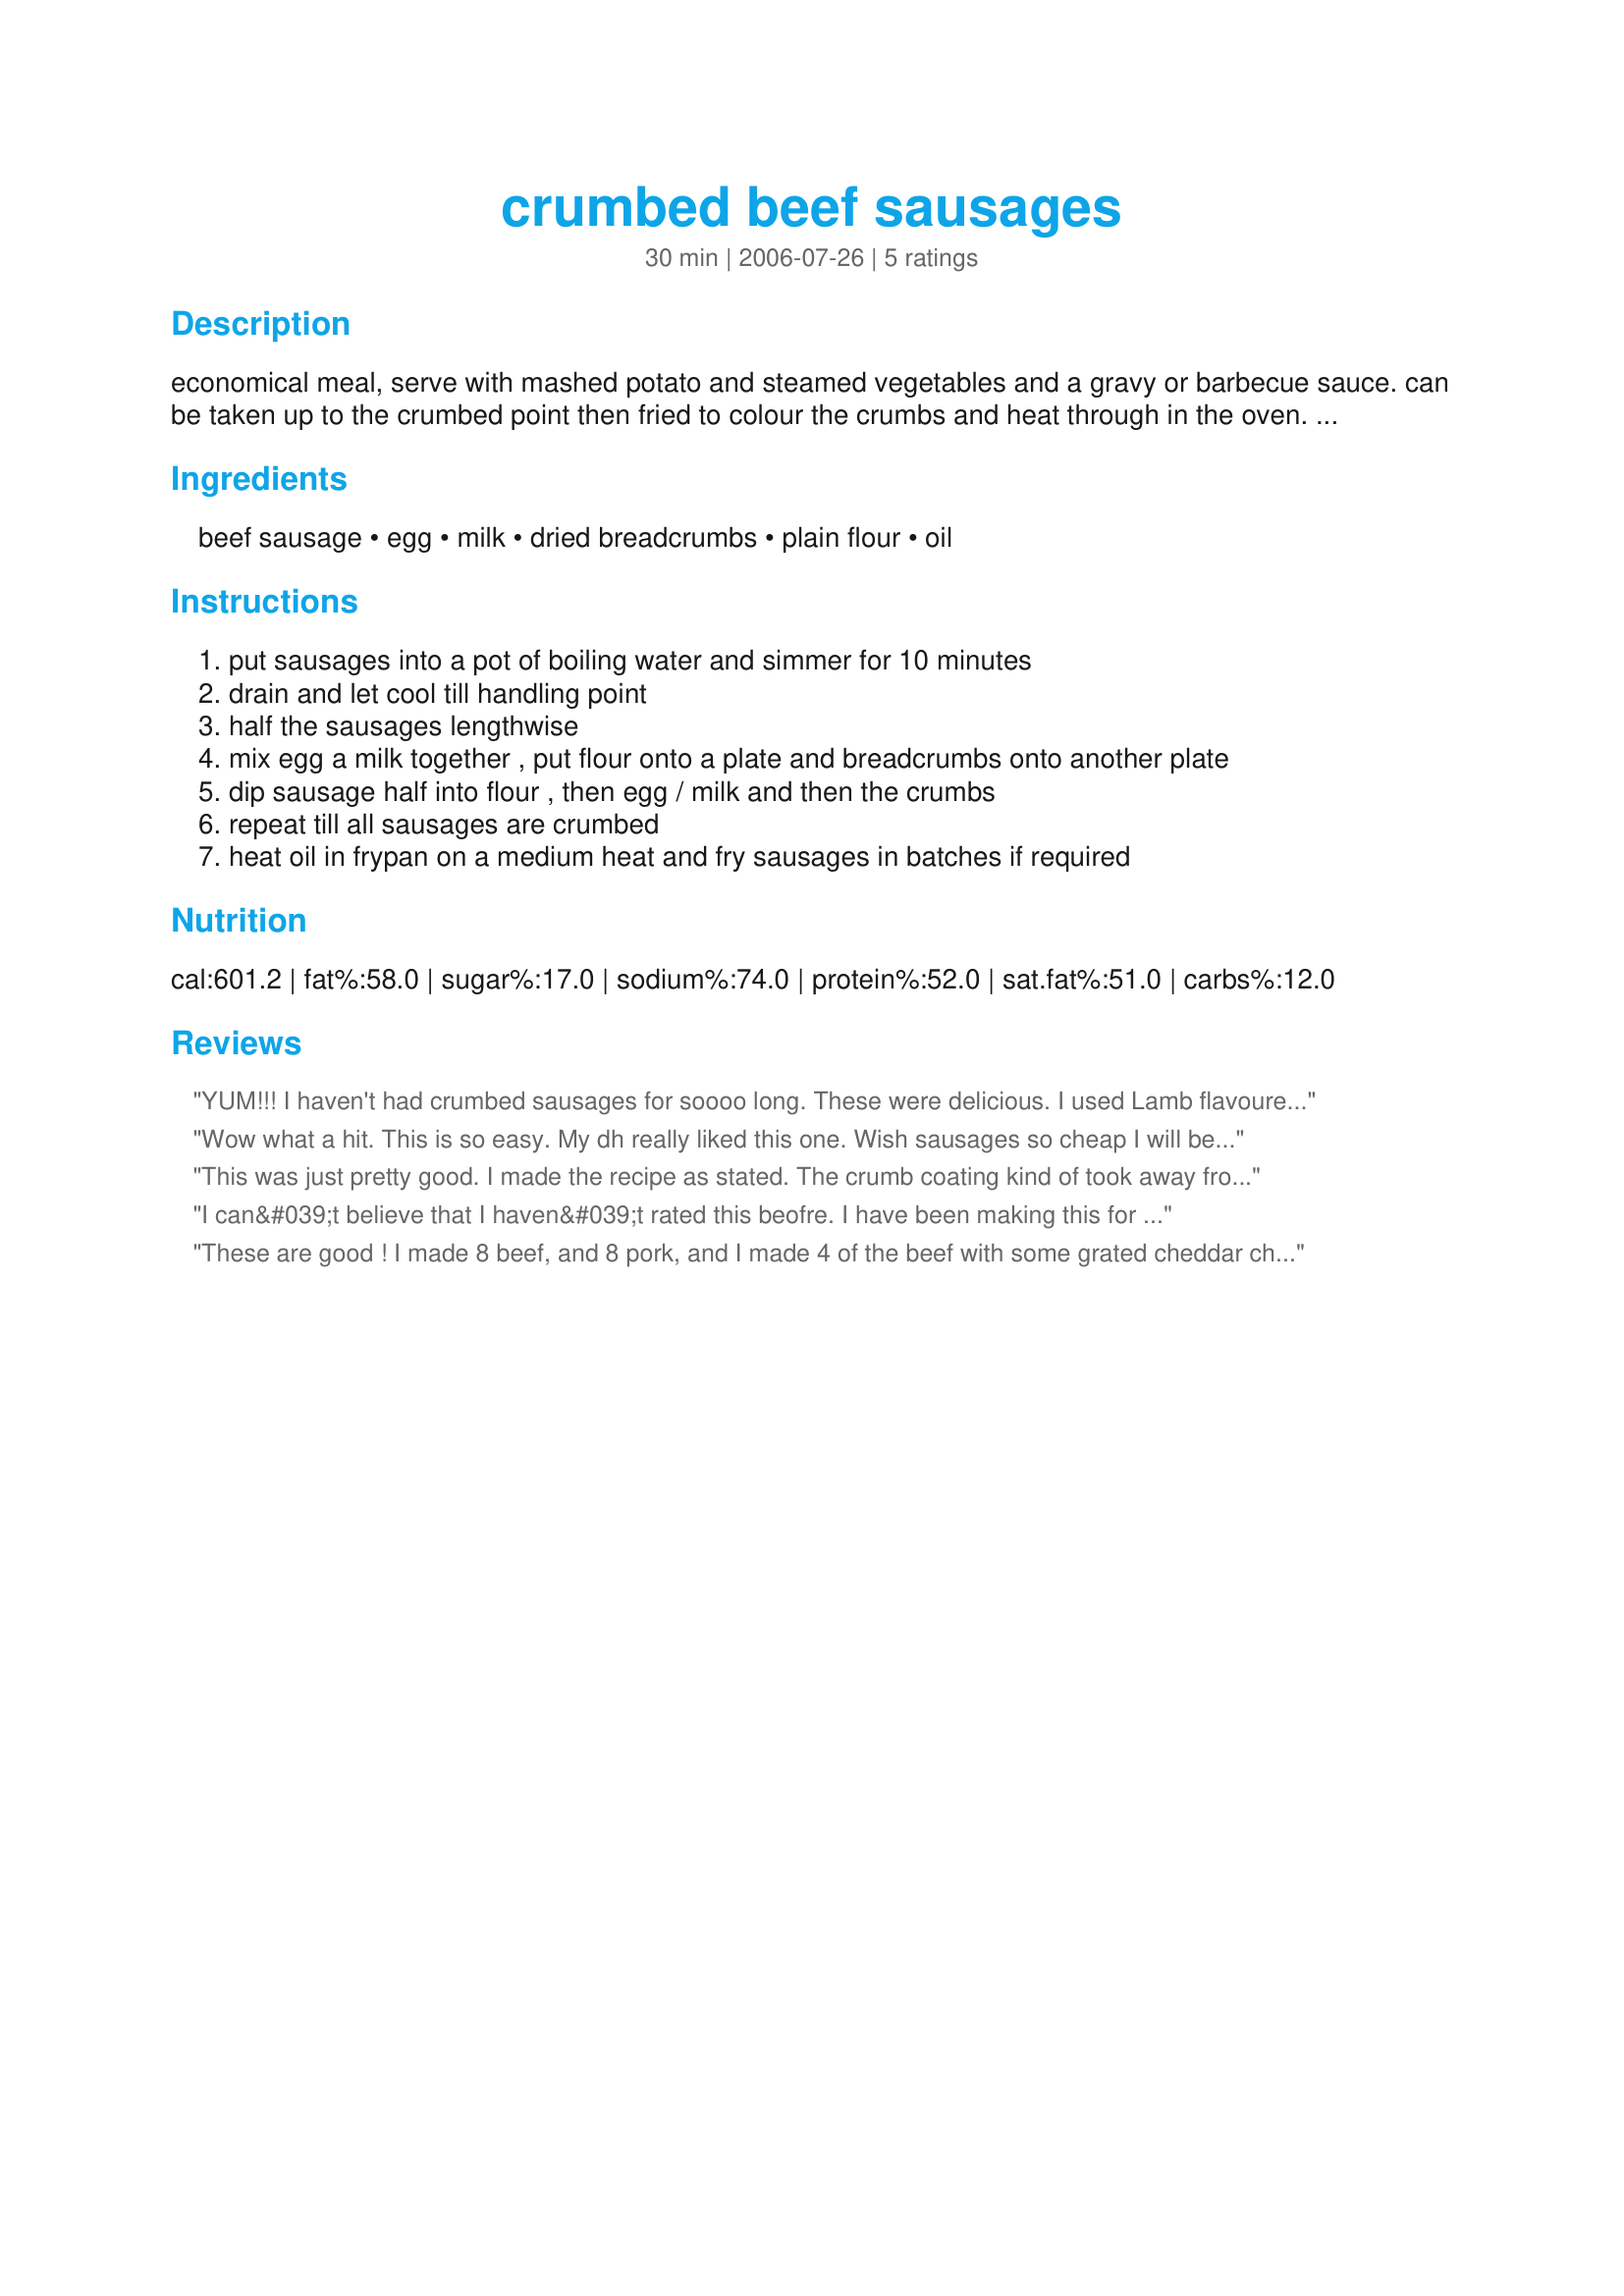
crumbed beef sausages
Preparation time: 30 minutes

economical meal, serve with mashed potato and steamed vegetables and a gravy or barbecue sauce. can be taken up to the crumbed point then fried to colour the crumbs and heat through in the oven. also for a change you could spice up the crumbs with ground cayenne, chilli etc. have also crumbed and frozen for use at a later date.

Ingredients:
beef sausage, egg, milk, dried breadcrumbs, plain flour, oil

Steps:
put sausages into a pot of boiling water and simmer for 10 minutes
drain and let cool till handling point
half the sausages lengthwise
mix egg a milk together , put flour onto a plate and breadcrumbs onto another plate
dip sausage half into flour , then egg / milk and then the crumbs
repeat till all sausages are crumbed
heat oil in frypan on a medium heat and fry sausages in batches if required

Reviews:
YUM!!! I haven't had crumbed sausages for soooo long. These were delicious.
I used Lamb flavoured sausages, but otherwise followed this exactly.
Great idea to cut them in half - makes things so much easier.
I added some chilli flakes to the crumbs, but as suggested there are so many variations to this dish.
Great and quick weeknight meal.
Thanks for posting.
Wow what a hit. This is so easy. My dh really liked this one. Wish sausages so cheap I will be making this one regually Made for Edition 7: MAKE MY RECIPE -- a game of tag in the Aust/NZ forum.
This was just pretty good. I made the recipe as stated. The crumb coating kind of took away from the sausage flavor. I'm sure it is only a personal preference, but I won't make this again.
I can&#039;t believe that I haven&#039;t rated this beofre. I have been making this for about 5 years and my kids LOVE this. Thanks for posting!
These are good ! I made 8 beef, and 8 pork, and I made 4 of the beef with some grated cheddar cheese. Other than that the recipe was prepared according to it directions. What a great quick lunch. Made for Potluck tag.
